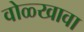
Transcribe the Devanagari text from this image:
वोळ्खावा